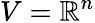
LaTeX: V=\mathbb{R}^{n}